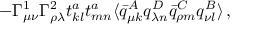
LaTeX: - \Gamma _ { \mu \nu } ^ { 1 } \Gamma _ { \rho \lambda } ^ { 2 } t _ { k l } ^ { a } t _ { m n } ^ { a } \langle { \bar { q } _ { \mu k } ^ { A } } q _ { \lambda n } ^ { D } { \bar { q } _ { \rho m } ^ { C } } q _ { \nu l } ^ { B } \rangle \, ,